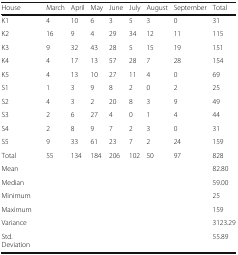
| House | March | April | May | June | July | August | September | Total |
 | --- | --- | --- | --- | --- | --- | --- | --- | --- |
 | K1 | 4 | 10 | 6 | 3 | 5 | 3 | 0 | 31 |
 | K2 | 16 | 9 | 4 | 29 | 34 | 12 | 11 | 115 |
 | K3 | 9 | 32 | 43 | 28 | 5 | 15 | 19 | 151 |
 | K4 | 4 | 17 | 13 | 57 | 28 | 7 | 28 | 154 |
 | K5 | 4 | 13 | 10 | 27 | 11 | 4 | 0 | 69 |
 | S1 | 1 | 3 | 9 | 8 | 2 | 0 | 2 | 25 |
 | S2 | 4 | 3 | 2 | 20 | 8 | 3 | 9 | 49 |
 | S3 | 2 | 6 | 27 | 4 | 0 | 1 | 4 | 44 |
 | S4 | 2 | 8 | 9 | 7 | 2 | 3 | 0 | 31 |
 | S5 | 9 | 33 | 61 | 23 | 7 | 2 | 24 | 159 |
 | Total | 55 | 134 | 184 | 206 | 102 | 50 | 97 | 828 |
 | Mean |  |  |  |  |  |  |  | 82.80 |
 | Median |  |  |  |  |  |  |  | 59.00 |
 | Minimum |  |  |  |  |  |  |  | 25 |
 | Maximum |  |  |  |  |  |  |  | 159 |
 | Variance |  |  |  |  |  |  |  | 3123.29 |
 | Std. Deviation |  |  |  |  |  |  |  | 55.89 |